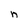
Character: n